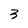
Character: 3